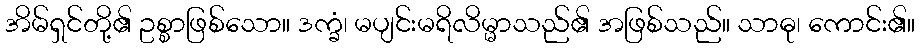
အိမ်ရှင်တို့၏ ဥစ္စာဖြစ်သော။ ဒက္ခံ၊ မပျင်းမရိလိမ္မာသည်၏ အဖြစ်သည်။ သာဓု၊ ကောင်း၏။